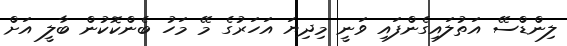
ލިންޑްސޭ އަތުލައިގެންފައި ވަނީ މިދިޔަ އަހަރުގެ މޭ މަހު ބެންކޮކުން ބާލީ އަށް